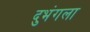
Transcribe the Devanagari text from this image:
दुभंगला